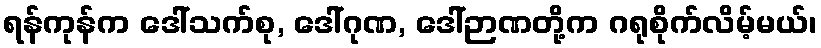
ရန်ကုန်က ဒေါ်သက်စု, ဒေါ်ဂုဏ, ဒေါ်ဉာဏတို့က ဂရုစိုက်လိမ့်မယ်၊